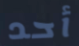
أحد